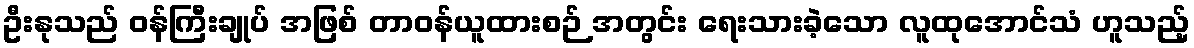
ဦးနုသည် ဝန်ကြီးချုပ် အဖြစ် တာဝန်ယူထားစဉ် အတွင်း ရေးသားခဲ့သော လူထုအောင်သံ ဟူသည့်